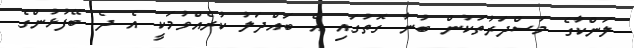
ލަންކާގެ މަސްދަރުތަކުން ބުނާ ގޮތުގައި އެ ބައްދަލު ކުރެއްވުމަކީ އެ ދެ ބޭފުޅުންގެ